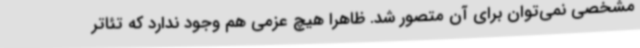
مشخصی نمی‌توان برای آن متصور شد. ظاهرا هیچ عزمی هم وجود ندارد که تئاتر